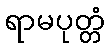
ရာမပုတ္တံ